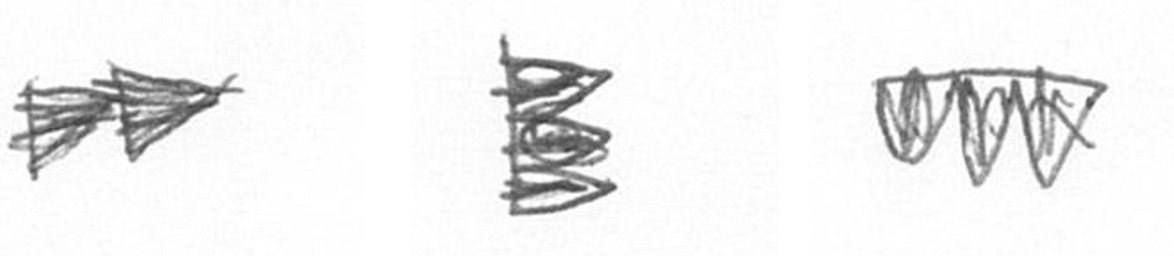
A H L